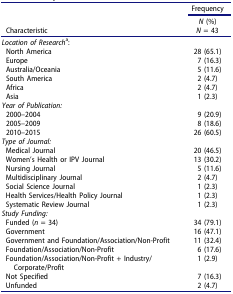
<table><thead><tr><td><b> </b></td><td><b>Frequency</b></td></tr><tr><td><b>Characteristic</b></td><td><b><i>N</i> (%) <i>N</i> = 43</b></td></tr></thead><tbody><tr><td colspan="2"><i>Location of Research</i><sup>a</sup>:</td></tr><tr><td>North America</td><td>28 (65.1)</td></tr><tr><td>Europe</td><td>7 (16.3)</td></tr><tr><td>Australia/Oceania</td><td>5 (11.6)</td></tr><tr><td>South America</td><td>2 (4.7)</td></tr><tr><td>Africa</td><td>2 (4.7)</td></tr><tr><td>Asia</td><td>1 (2.3)</td></tr><tr><td colspan="2"><i>Year of Publication:</i></td></tr><tr><td>2000–2004</td><td>9 (20.9)</td></tr><tr><td>2005–2009</td><td>8 (18.6)</td></tr><tr><td>2010–2015</td><td>26 (60.5)</td></tr><tr><td colspan="2"><i>Type of Journal:</i></td></tr><tr><td>Medical Journal</td><td>20 (46.5)</td></tr><tr><td>Women’s Health or IPV Journal</td><td>13 (30.2)</td></tr><tr><td>Nursing Journal</td><td>5 (11.6)</td></tr><tr><td>Multidisciplinary Journal</td><td>2 (4.7)</td></tr><tr><td>Social Science Journal</td><td>1 (2.3)</td></tr><tr><td>Health Services/Health Policy Journal</td><td>1 (2.3)</td></tr><tr><td>Systematic Review Journal</td><td>1 (2.3)</td></tr><tr><td colspan="2"><i>Study Funding:</i></td></tr><tr><td>Funded (<i>n</i> = 34)</td><td>34 (79.1)</td></tr><tr><td>Government</td><td>16 (47.1)</td></tr><tr><td>Government and Foundation/Association/Non-Profit</td><td>11 (32.4)</td></tr><tr><td>Foundation/Association/Non-Profit</td><td>6 (17.6)</td></tr><tr><td>Foundation/Association/Non-Profit + Industry/Corporate/Profit</td><td>1 (2.9)</td></tr><tr><td>Not Specified</td><td>7 (16.3)</td></tr><tr><td>Unfunded</td><td>2 (4.7)</td></tr></tbody></table>